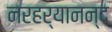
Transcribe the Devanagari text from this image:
नरहर्यानन्द